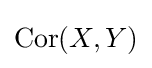
\operatorname {Cor} (X,Y)